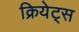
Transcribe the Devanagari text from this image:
क्रियेट्स